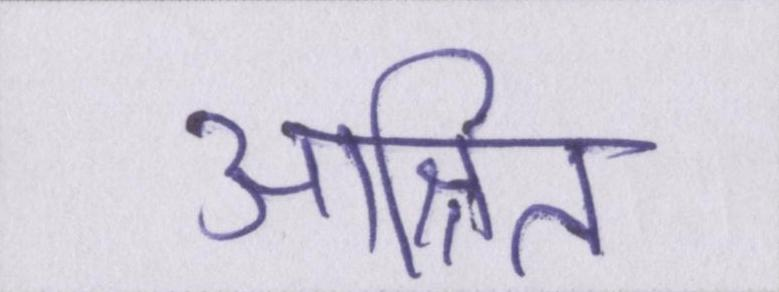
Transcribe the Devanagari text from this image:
आश्रित